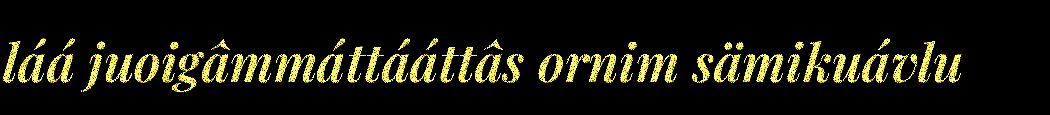
láá juoigâmmáttááttâs ornim sämikuávlu